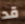
قد